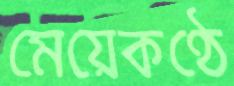
মেয়েকণ্ঠে